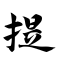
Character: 提